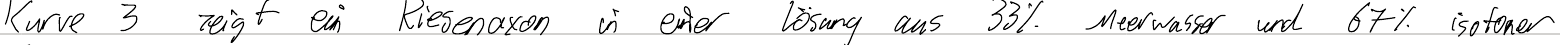
Kurve 3 zeigt ein Riesenaxon in einer Lösung aus 33% Meerwasser und 67% isotoner